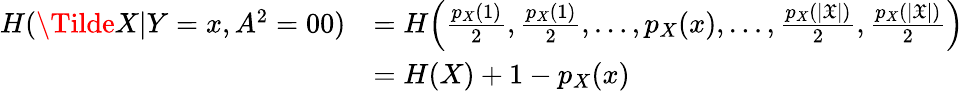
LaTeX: \begin{array}{rl}{H(\Tilde{{X}}|{Y}=x,{A}^{2}=00)}&{=H\Big(\frac{p_{X}(1)}{2},\frac{p_{X}(1)}{2},\dots,p_{X}(x),\dots,\frac{p_{X}(|\mathfrak{X}|)}{2},\frac{p_{X}(|\mathfrak{X}|)}{2}\Big)}\\ &{=H(X)+1-p_{X}(x)}\end{array}